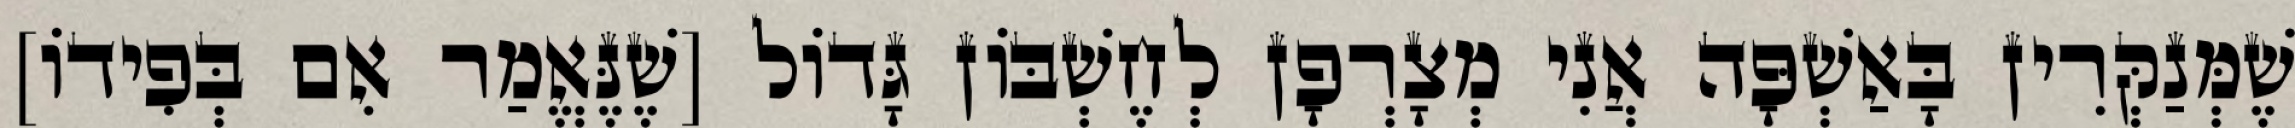
שֶׁמְּנַקְּרִין בָּאַשְׁפָּה אֲנִי מְצָרְפָן לְחֶשְׁבּוֹן גָּדוֹל [שֶׁנֶּאֱמַר אִם בְּפִידוֹ]